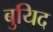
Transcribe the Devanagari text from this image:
बुयिद